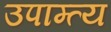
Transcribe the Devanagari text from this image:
उपाम्त्य